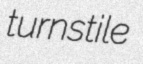
turnstile